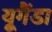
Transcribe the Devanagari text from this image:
यूगैंडा